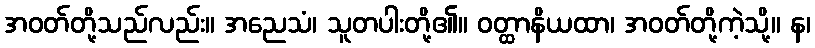
အဝတ်တို့သည်လည်း။ အညေသံ၊ သူတပါးတို့၏။ ဝတ္ထာနိယထာ၊ အဝတ်တို့ကဲ့သို့။ န၊